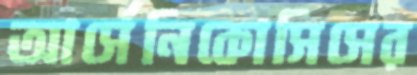
আর্সেনিকোসিসের